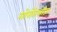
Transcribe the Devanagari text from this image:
गोरोंतलीज